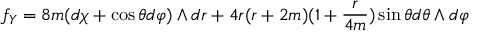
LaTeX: f _ { Y } = 8 m ( d \chi + \cos \theta d \varphi ) \wedge d r + 4 r ( r + 2 m ) ( 1 + \frac { r } { 4 m } ) \sin \theta d \theta \wedge d \varphi